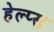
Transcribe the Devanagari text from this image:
हेल्प्स